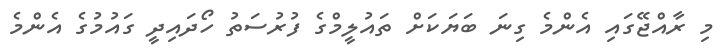
މި ރާއްޖޭގައި އެންމެ ގިނަ ބަޔަކަށް ތައުލީމްގެ ފުރުސަތު ހޯދައިދީ ގައުމުގެ އެންމެ